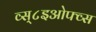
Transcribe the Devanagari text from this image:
व्स्८इओफ्व्स